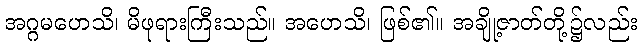
အဂ္ဂမဟေသိ၊ မိဖုရားကြီးသည်။ အဟေသိ၊ ဖြစ်၏။ အချို့ဇာတ်တို့၌လည်း